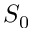
S _ { 0 }